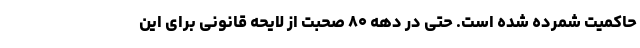
حاکمیت شمرده شده است. حتی در دهه ۸۰ صحبت از لایحه قانونی برای این